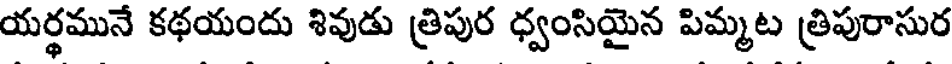
యర్థమునే కథయందు శివుడు త్రిపుర ధ్వంసియైన పిమ్మట త్రిపురాసుర